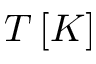
T \, [ K ]